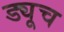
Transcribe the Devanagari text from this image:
ड्यूच